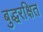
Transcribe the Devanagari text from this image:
बुद्धरक्षित